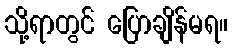
သို့ရာတွင် ပြောချိန်မရ။